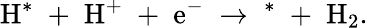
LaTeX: \mathrm{H^{*}\; +\; H^{+}\; +\; e^{-}\; \rightarrow\; ^{*}\; +\; H_{2}}.